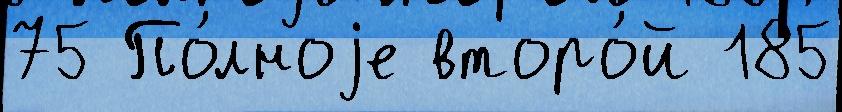
75 По́лноjе второ́й 185